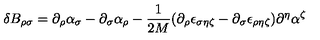
\delta B _ { \rho \sigma } = \partial _ { \rho } \alpha _ { \sigma } - \partial _ { \sigma } \alpha _ { \rho } - \frac { 1 } { 2 M } ( \partial _ { \rho } \epsilon _ { \sigma \eta \zeta } - \partial _ { \sigma } \epsilon _ { \rho \eta \zeta } ) \partial ^ { \eta } \alpha ^ { \zeta }